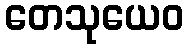
တေသုယေဝ